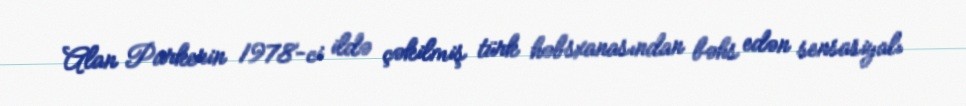
Alan Parkerin 1978-ci ildə çəkilmiş türk həbsxanasından bəhs edən sensasiyalı